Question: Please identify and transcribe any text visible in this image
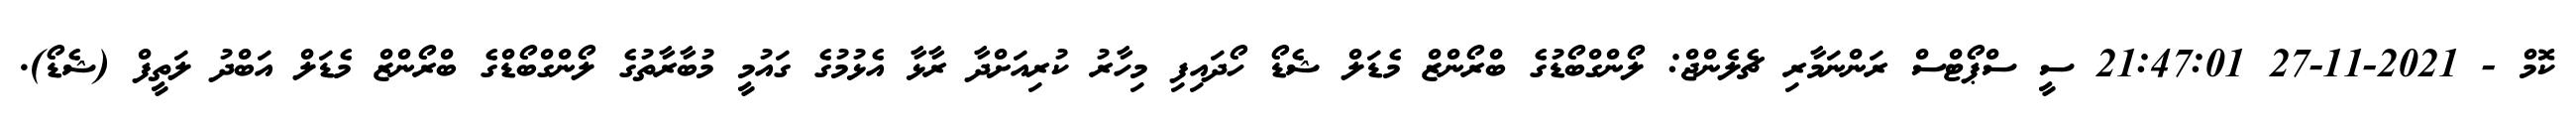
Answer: ކޮމް - 2021-11-27 21:47:01 ސީ ސްޕޯޓްސް ރަންނަމާރި ޗެލެންޖް: ލޯންގްބޯޑުގެ ބްރޯންޒް މެޑަލް ޝެޑޯ ހޯދައިފި މިހާރު ކުރިއަށްދާ ރާޅާ އެޅުމުގެ ގައުމީ މުބާރާތުގެ ލޯންގްބޯޑްގެ ބްރޯންޒް މެޑަލް އަބްދު ލަތީފް (ޝެޑޯ).